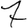
Digit: 7